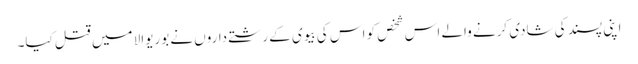
اپنی پسند کی شادی کرنے والے اس شخص کو اس کی بیوی کے رشتے داروں نے بوریوالا میں قتل کیا۔